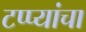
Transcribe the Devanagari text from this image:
टप्प्यांचा